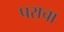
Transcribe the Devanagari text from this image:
पराचा